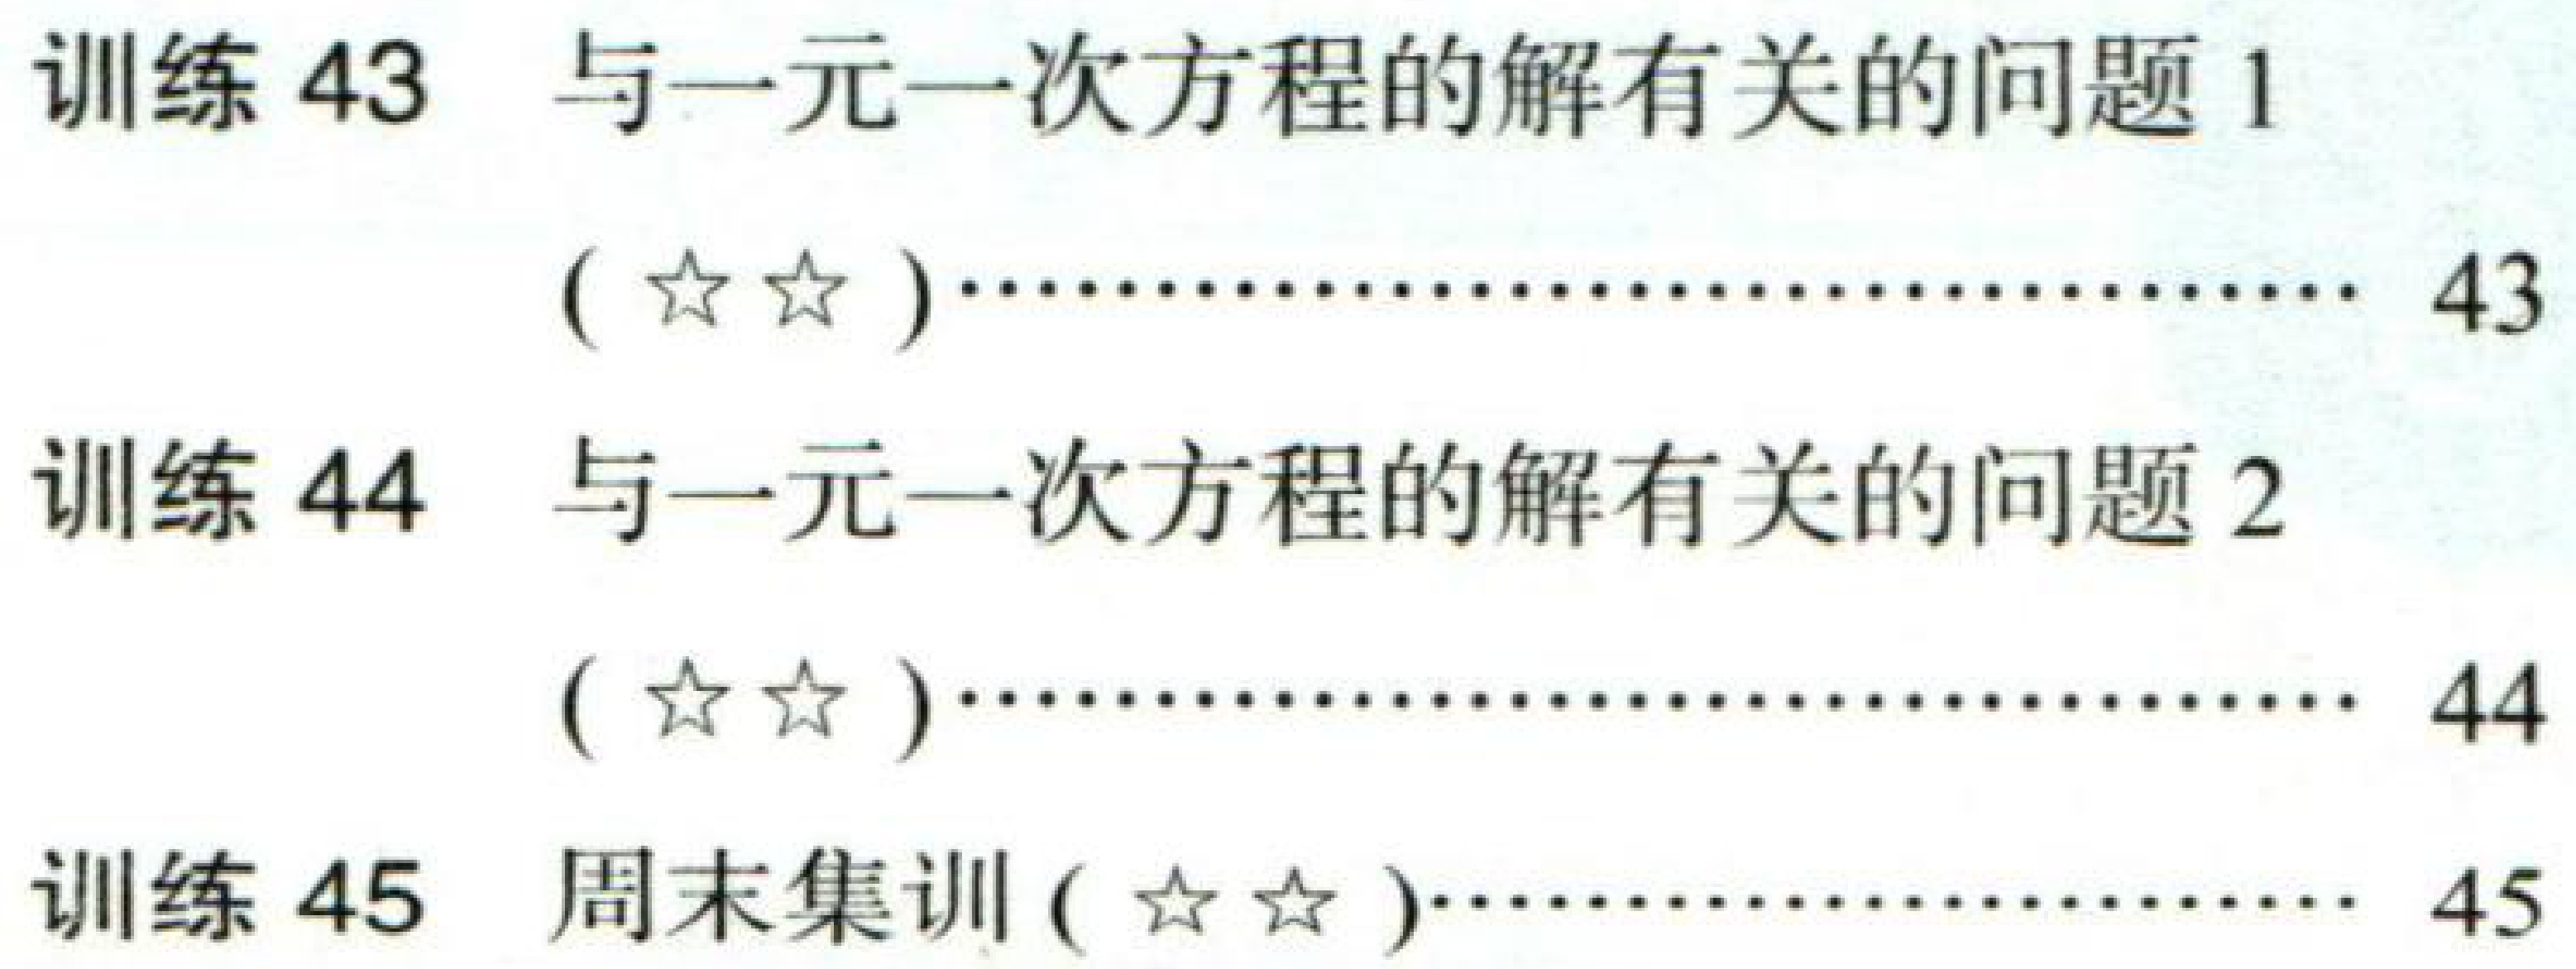
训练 43  与一元一次方程的解有关的问题 1

$(\star\star)\cdots\cdots\cdots\cdots\cdots\cdots\cdots\cdots\cdots\cdots 43$

训练 44  与一元一次方程的解有关的问题 2

$(\star\star)\cdots\cdots\cdots\cdots\cdots\cdots\cdots\cdots\cdots\cdots 44$

训练 45  周末集训$(\star\star)\cdots\cdots\cdots\cdots\cdots\cdots\cdots\cdots\cdots\cdots 45$